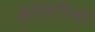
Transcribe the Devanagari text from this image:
अतीतटीच्या